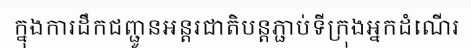
ក្នុងការដឹកជញ្ជូនអន្តរជាតិបន្តភ្ជាប់ទីក្រុងអ្នកដំណើរ